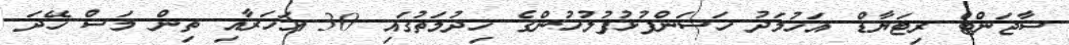
ސާޖަންޓް ރިޓަޔާޑް އަހުމަދު ހަސަންފުޅުފުލުހުންގެ ޚިދުމަތުގައި 30 އަހަރާއި ތިން މަސް ހޭދަ